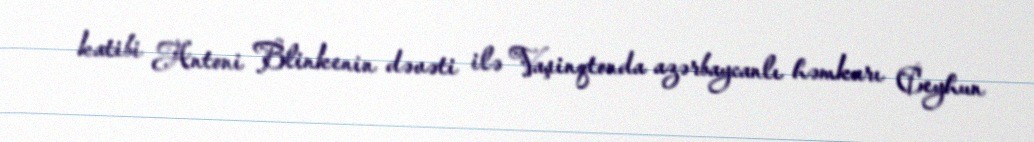
katibi Antoni Blinkenin dəvəti ilə Vaşinqtonda azərbaycanlı həmkarı Ceyhun